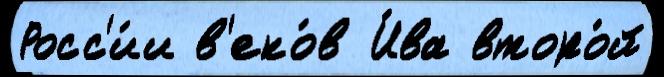
Росс'и́и в'еко́в И́ва второ́й